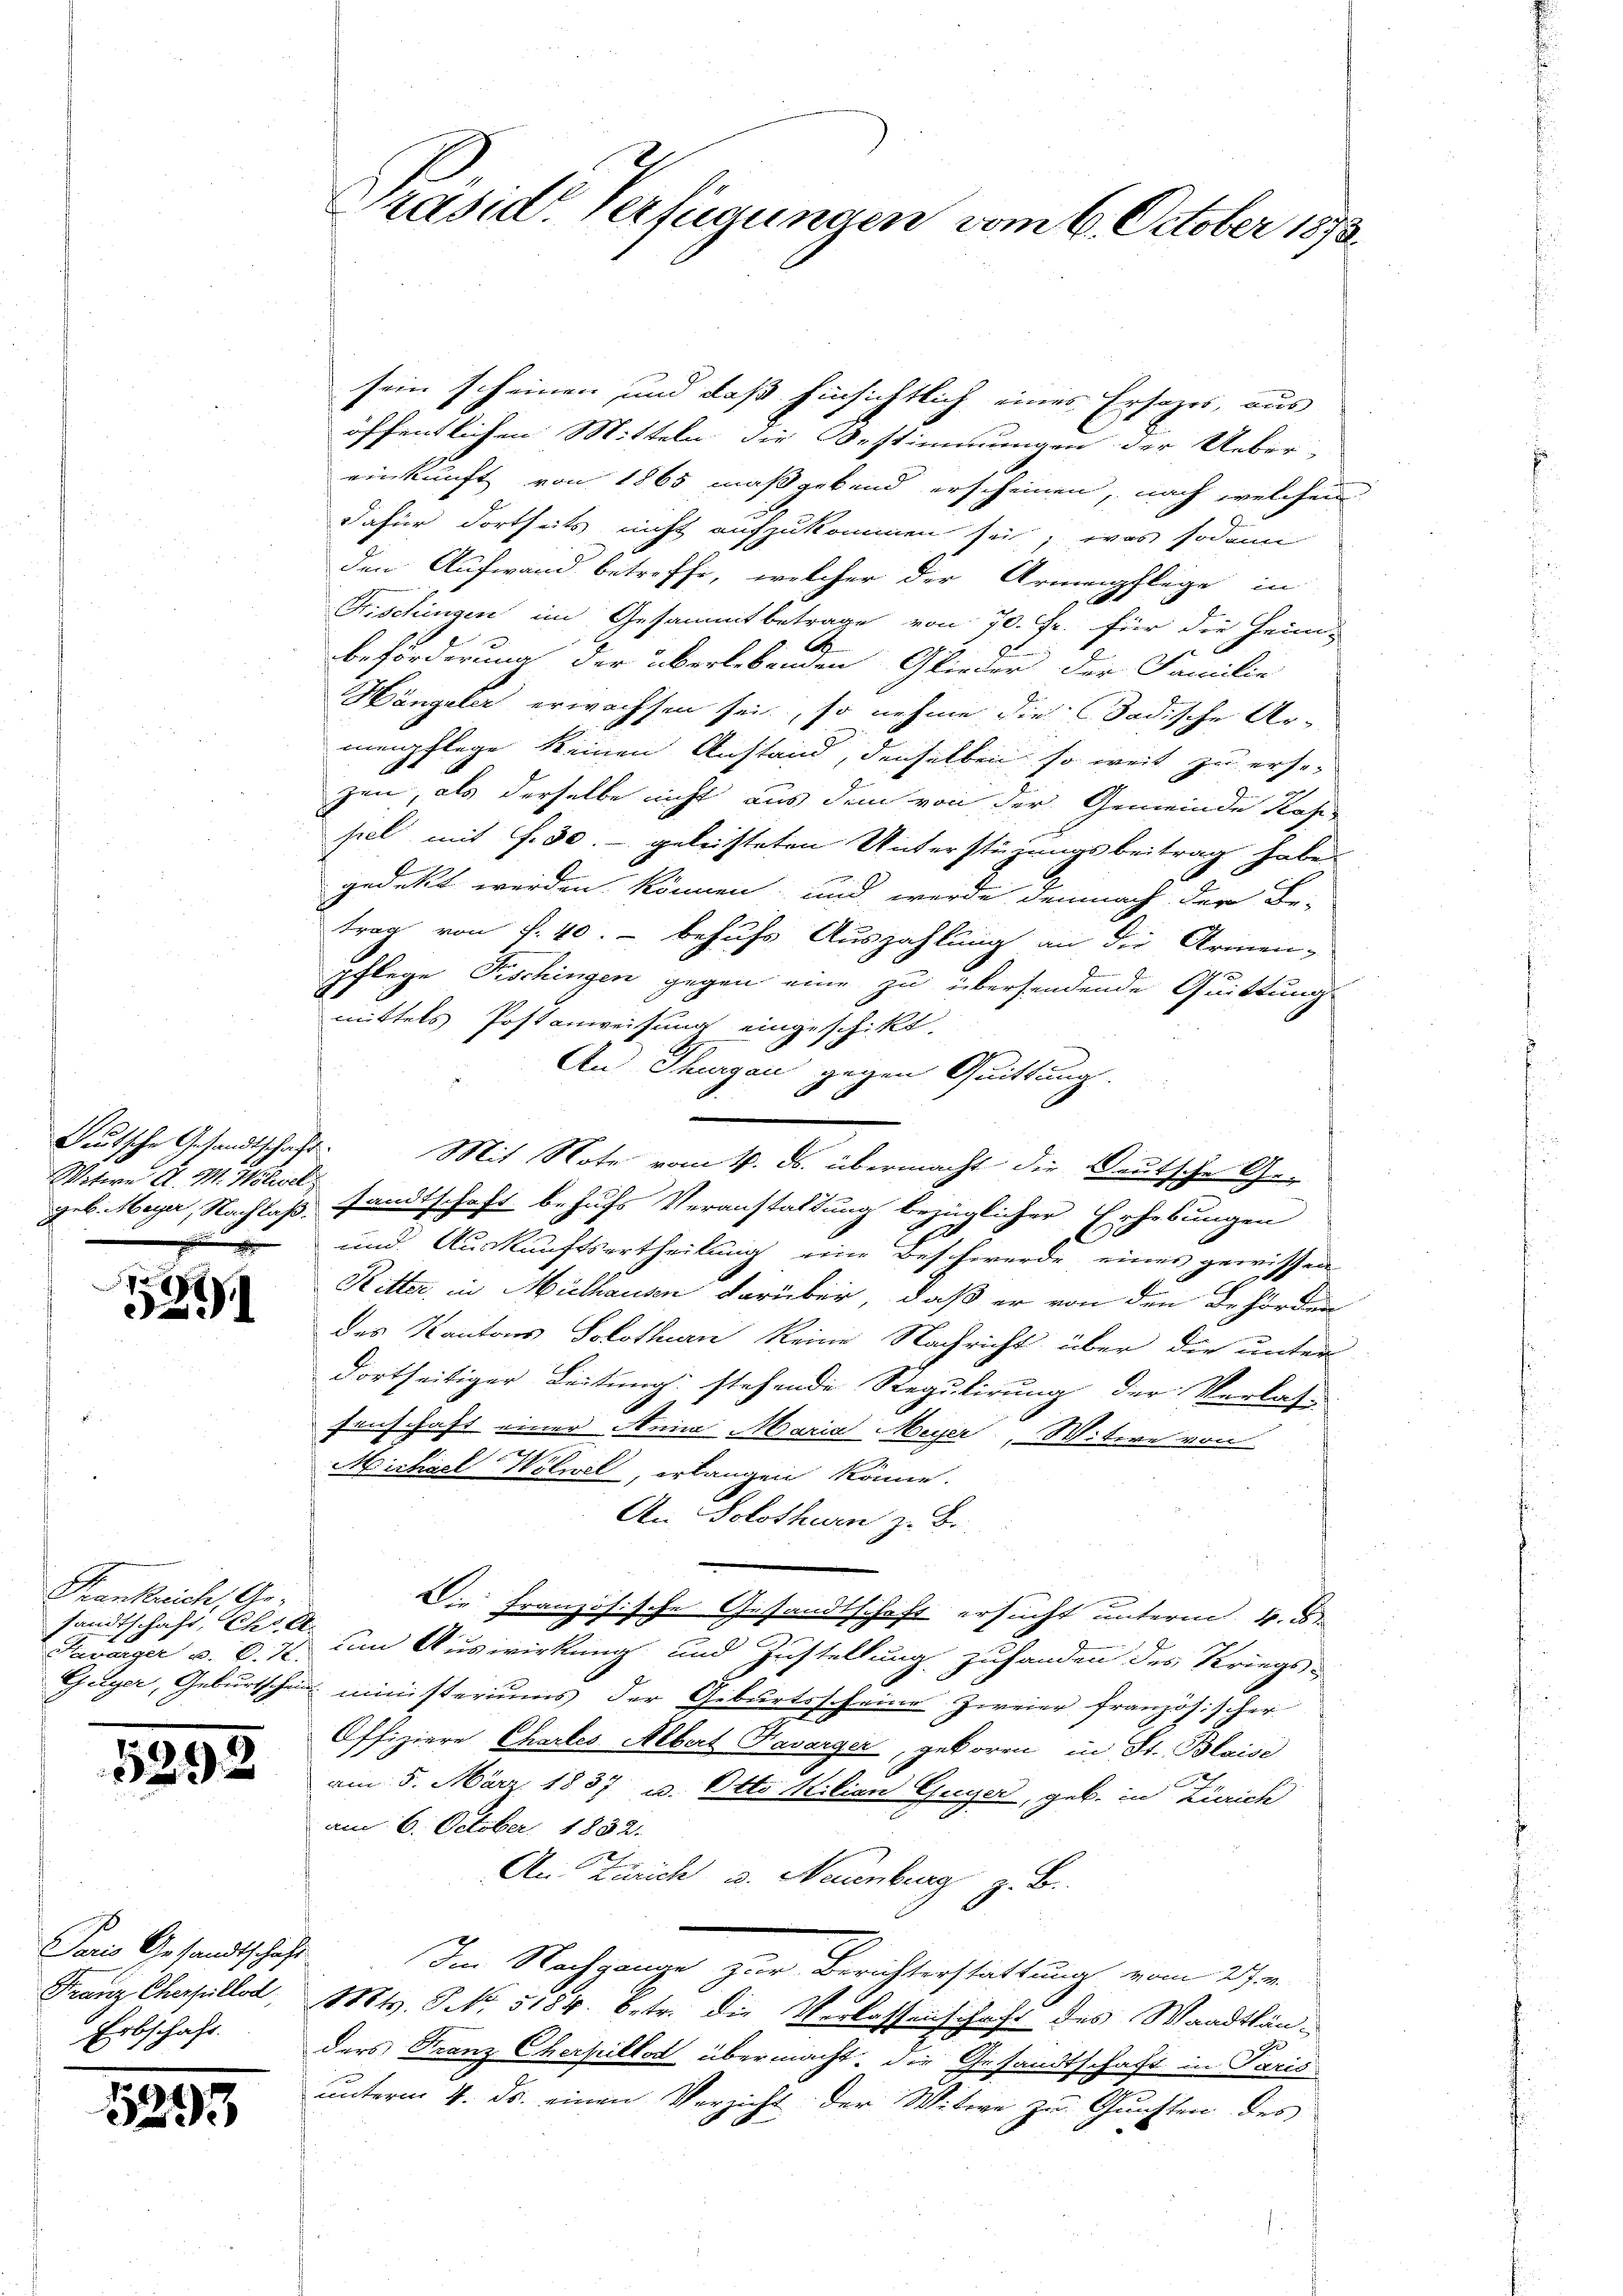
Witere A. M. Wölivel

x
2

Frankreich, Gesandtschaft, Chr. A
Swarger u. C. H.
Guyer, Geburtschen

5393

Paris Gesandtschaft
Franz Cherfüllöd
Erbschaft.

5293

Präsid. Verfügungen vom 6. October 1873.

sein scheinen und daß hinsichtlich eines Ersezes, aus
öffentlichen Mitteln die Bestimmungen der Ueber-
einkunft von 1865 maßgebend erscheinen, nach welchen
Dafür dortheits nicht aufzukommen sei, was sodann
den Aufwand betreffe, welcher der Armenpflege in
1
Fischingen im Gesammtbetrage von 70. Fr. für die Heim-
.
.
beförderung der überlebenden Glieder der Familie
Hängeler erwachsen sei, so nehme die Badische Armenpflege keinen Anstand, denselben so weit zu ersezen, als derselbe nicht aus dem von der Gemeinde Kase
pel mit f. 30. geleisteten Unterstüzungsbeitrag habe.
gedeckt werden können, und werde demnach der Be-
trag von f. 40. - behufs Auszahlung an die Armen-
pflege Fischingen gegen eine zu übersendende Quittung
mittels Postanweisung eingeschickt.
An Thurgau gegen Quittung.
Deutsche Gesandtschaft. Mit Note vom 4. ds. übermacht die Deutsche Ge-
geb. Meyer, Nachlaß, sandtschaft behufs Veranstaltung bezüglicher Erhebungen
l
und Auskunftsertheilung eine Beschwerde eines gewissen
Ritter, in Mülhausen darüber, daß er von den Behörden
des Kantons Solothurn keine Nachricht über die unter
dortseitiger Leitung stehende Regulirung der Verlas-
senschaft einer Anna Maria Meyer, Witere von

g
Michael Wölwel, erlangen könne.
An Solothurn z. B.
Die Fra
ezösische Gesandtschaft ersucht unterm 4. d
um Auswirkung und Zustellung zuhanden des Kriegsministeriums der Geburtsscheine zweier französischer
Offiziere Chartes Albert Kavarger, geboren in St. Blaise
am 5. März 1837 u. Otto Milian Guyer, geb. in Zürich
am 6. October 1832.
An Zürich u. Neuenburg z. B.
Im Nachgange zur Berichterstattung vom 27 ten
Mts. S. 5184. betr. die Verlassenschaft des Waadtländers Franz Cherpillat übermacht, die Gesandtschaft in Paris
unterm 4. ds. einen Verzicht der Witwe zu Gunsten des